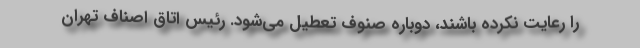
را رعایت نکرده باشند، دوباره صنوف تعطیل می‌شود. رئیس اتاق اصناف تهران